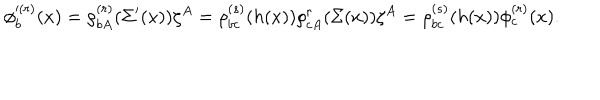
\phi _ { b } ^ { ( r ) } ( x ) = \rho _ { b A } ^ { ( r ) } ( \Sigma ^ { \prime } ( x ) ) \zeta ^ { A } = \rho _ { b c } ^ { ( s ) } ( h ( x ) ) \rho _ { c A } ^ { r } ( \Sigma ( x ) ) \zeta ^ { A } = \rho _ { b c } ^ { ( s ) } ( h ( x ) ) \phi _ { c } ^ { ( r ) } ( x ) .